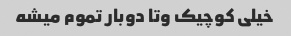
خیلی کوچیک وتا دوبار تموم میشه